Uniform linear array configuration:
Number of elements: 4
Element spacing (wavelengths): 0.25
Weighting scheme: kaiser
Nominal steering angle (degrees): -30
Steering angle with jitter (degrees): -30.973
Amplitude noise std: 0.05
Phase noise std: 0.05

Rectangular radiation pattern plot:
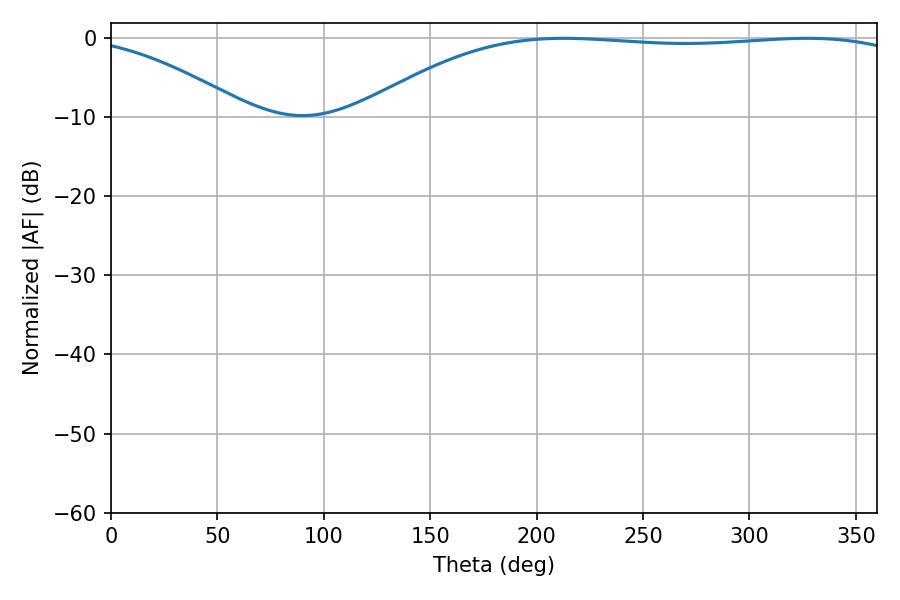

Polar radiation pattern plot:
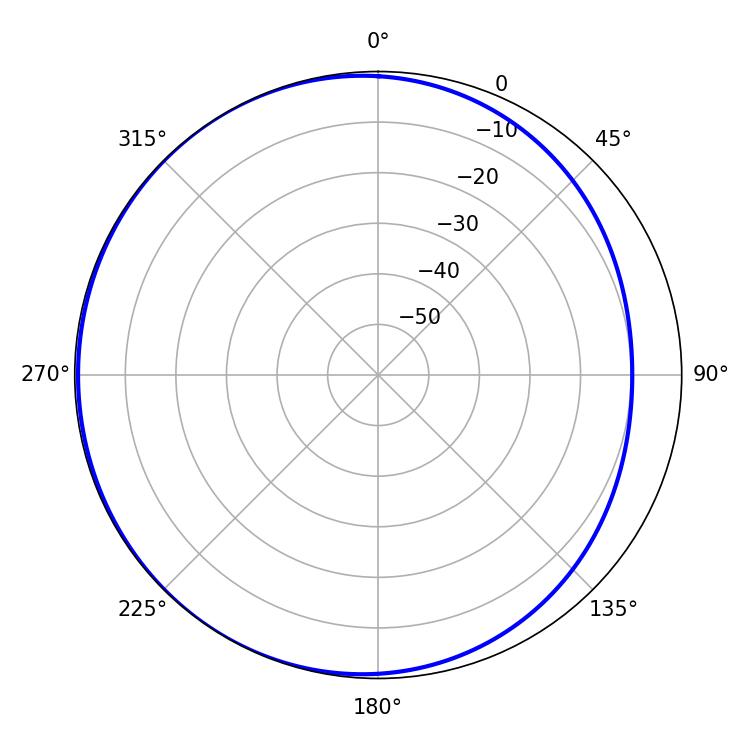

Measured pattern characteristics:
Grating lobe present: FALSE
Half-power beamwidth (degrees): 203.94
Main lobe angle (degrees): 212.76